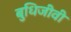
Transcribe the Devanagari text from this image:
बुधिजीवी